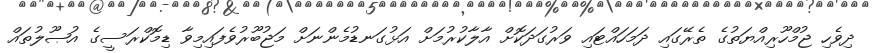
ދިވެހި ޖުމްހޫރިއްޔަތުގެ ތެރޭގައި ދަމަހައްޓައި ވަރުގަދަކޮށް އާލާކުރުމަށް އަޅުގަނޑުމެންނަށް މަޖުބޫރުވެފައިމިވާ ޑިމޮކްރަސީގެ އުޞޫލުތައް